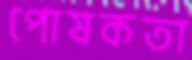
পোষকতা